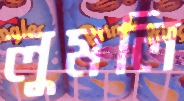
লুমলি